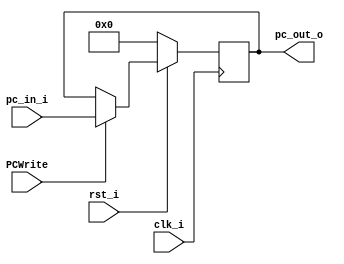
//109550184
//Subject:     CO project 2 - PC
//--------------------------------------------------------------------------------
//Version:     1
//--------------------------------------------------------------------------------
//Writer:      Luke
//----------------------------------------------
//----------------------------------------------
//Description: 
//--------------------------------------------------------------------------------

module ProgramCounter(
    clk_i,
	rst_i,
	PCWrite,
	pc_in_i,
	pc_out_o
	);
     
//I/O ports
input           clk_i;
input	        rst_i;
input		    PCWrite;
input  [32-1:0] pc_in_i;
output [32-1:0] pc_out_o;
 
//Internal Signals
reg    [32-1:0] pc_out_o;
 
//Parameter

    
//Main function
always @(posedge clk_i) begin
    if(~rst_i)
	    pc_out_o <= 0;
	else if (PCWrite)
	    pc_out_o <= pc_in_i;
end

endmodule